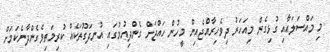
މި މައްސަލައާއި ގުޅިގެން މިއަހަރު ދިވެހިރާއްޖެއިން މީހުން ހައްޖަށް ގެންދިއުމުގައި އުނދަގޫތަކެއް ކުރިމަތިވެގެންދާނެކަމަށް